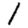
Digit: 1